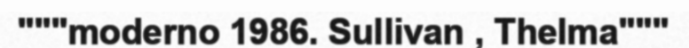
"""moderno 1986. Sullivan , Thelma"""